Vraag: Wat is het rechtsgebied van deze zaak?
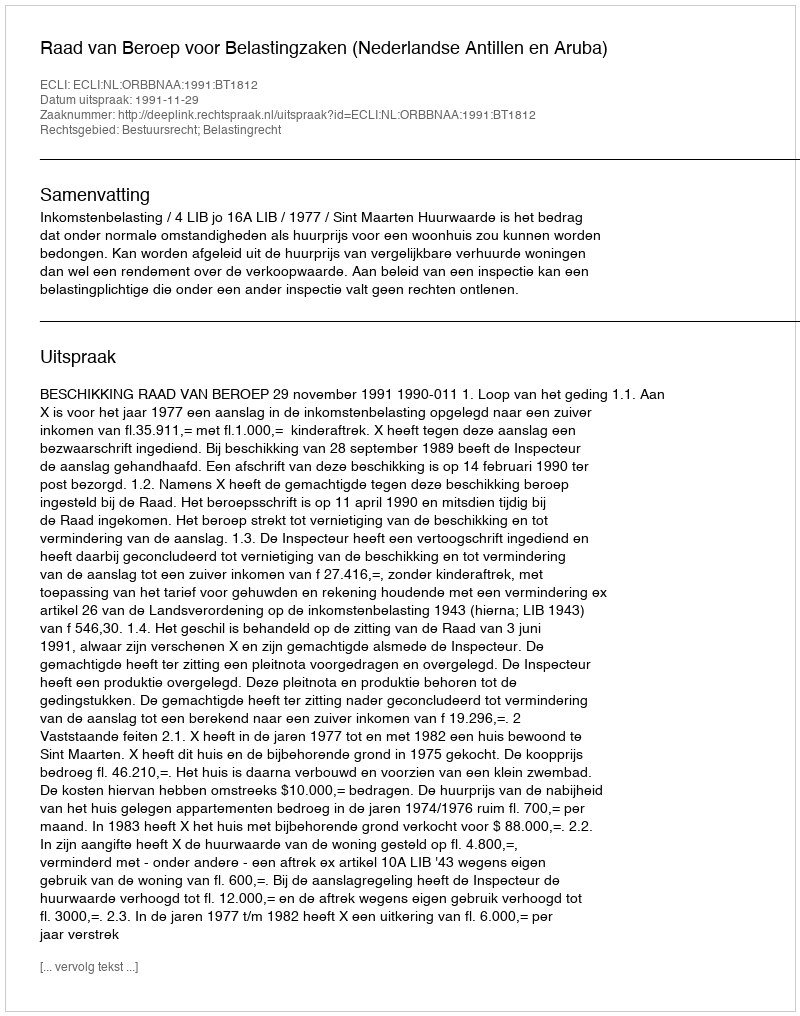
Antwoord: Bestuursrecht; Belastingrecht